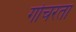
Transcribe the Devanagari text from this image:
गोचरता